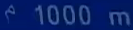
1000m